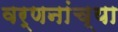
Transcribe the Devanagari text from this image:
वर्णनांच्या